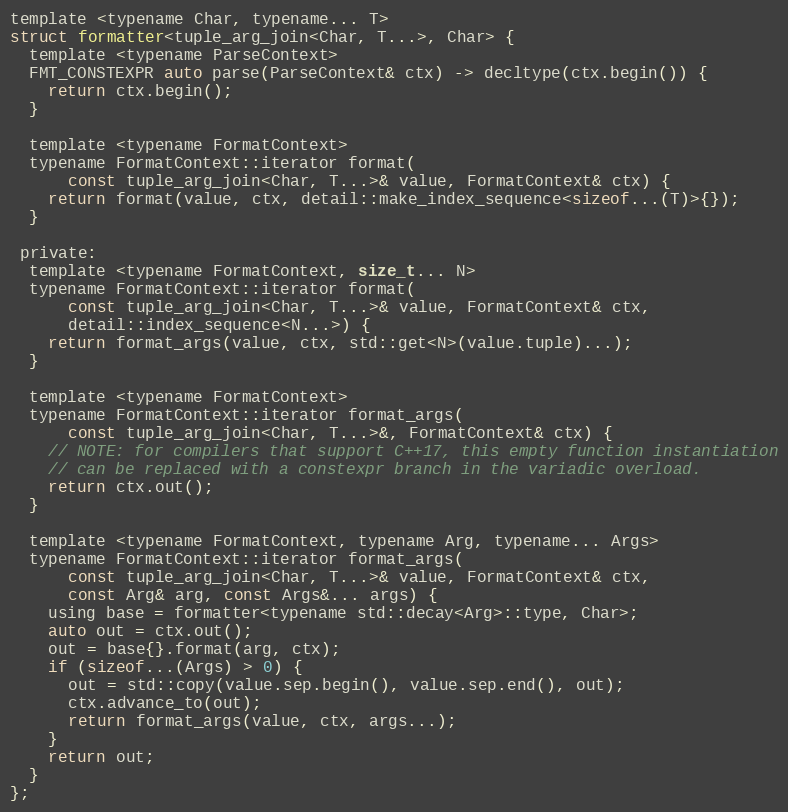
Language: C
template <typename Char, typename... T>
struct formatter<tuple_arg_join<Char, T...>, Char> {
  template <typename ParseContext>
  FMT_CONSTEXPR auto parse(ParseContext& ctx) -> decltype(ctx.begin()) {
    return ctx.begin();
  }

  template <typename FormatContext>
  typename FormatContext::iterator format(
      const tuple_arg_join<Char, T...>& value, FormatContext& ctx) {
    return format(value, ctx, detail::make_index_sequence<sizeof...(T)>{});
  }

 private:
  template <typename FormatContext, size_t... N>
  typename FormatContext::iterator format(
      const tuple_arg_join<Char, T...>& value, FormatContext& ctx,
      detail::index_sequence<N...>) {
    return format_args(value, ctx, std::get<N>(value.tuple)...);
  }

  template <typename FormatContext>
  typename FormatContext::iterator format_args(
      const tuple_arg_join<Char, T...>&, FormatContext& ctx) {
    // NOTE: for compilers that support C++17, this empty function instantiation
    // can be replaced with a constexpr branch in the variadic overload.
    return ctx.out();
  }

  template <typename FormatContext, typename Arg, typename... Args>
  typename FormatContext::iterator format_args(
      const tuple_arg_join<Char, T...>& value, FormatContext& ctx,
      const Arg& arg, const Args&... args) {
    using base = formatter<typename std::decay<Arg>::type, Char>;
    auto out = ctx.out();
    out = base{}.format(arg, ctx);
    if (sizeof...(Args) > 0) {
      out = std::copy(value.sep.begin(), value.sep.end(), out);
      ctx.advance_to(out);
      return format_args(value, ctx, args...);
    }
    return out;
  }
};